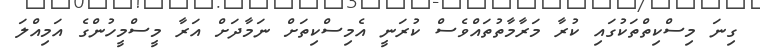
ގިނަ މިސްކިތްތަކުގައި ކުރާ މަރާމާތުތައްވެސް ކުރަނީ އެމިސްކިތަށް ނަމާދަށް އަރާ މީސްމީހުންގެ އަމިއްލަ